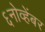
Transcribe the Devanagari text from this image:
६नोव्हेंबर